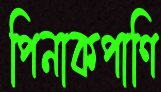
পিনাকপাণি